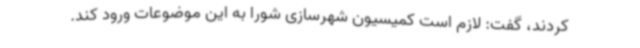
کردند، گفت: لازم است کمیسیون شهرسازی شورا به این موضوعات ورود کند.